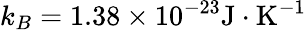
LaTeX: k_{B}=1.38\times 10^{-23}\textrm{J}\cdot\textrm{K}^{-1}